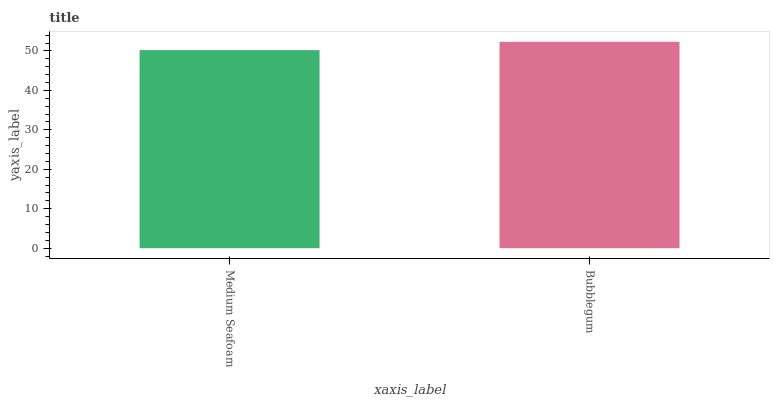
| xaxis_label | bars |
 | --- | --- |
 | Medium Seafoam | 50.2 |
 | Bubblegum | 52.3 |